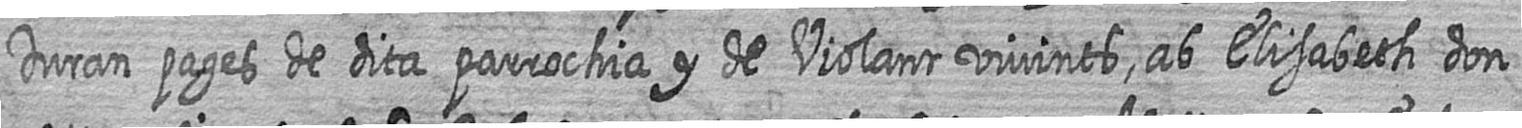
Duran pages de dita parrochia y de Violant vivints ab Elisabeth don=